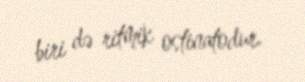
biri də ritmik ostinatodur.